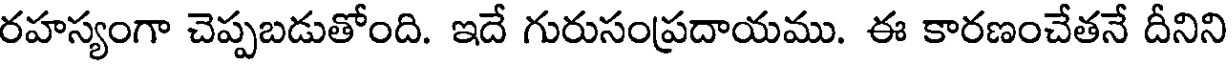
రహస్యంగా చెప్పబడుతోంది. ఇదే గురుసంప్రదాయము. ఈ కారణంచేతనే దీనిని